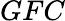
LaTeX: GFC